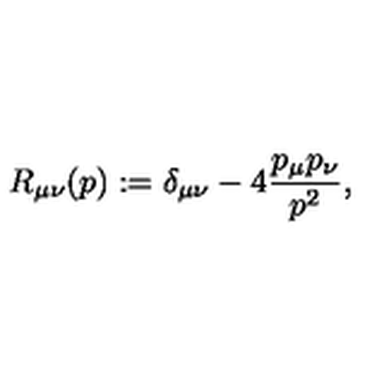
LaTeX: R _ { \mu \nu } ( p ) : = \delta _ { \mu \nu } - 4 { \frac { p _ { \mu } p _ { \nu } } { p ^ { 2 } } } ,